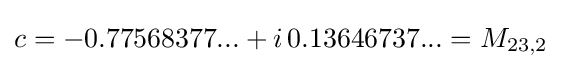
c=-0.77568377...+i\,0.13646737...=M_{23,2}